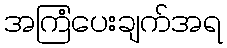
အကြံပေးချက်အရ